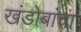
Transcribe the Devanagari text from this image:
खंडोबांचा